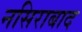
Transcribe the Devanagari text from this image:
नसिराबाद